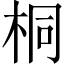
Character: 桐